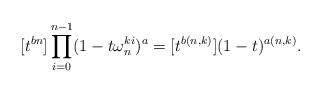
LaTeX: \begin{align*}[t^{bn}]\prod_{i=0}^{n-1} (1-t \omega_n^{ki})^a = [t^{b(n,k)}](1-t)^{a(n,k)}.\end{align*}